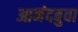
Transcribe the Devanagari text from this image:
आनंदबुवा